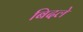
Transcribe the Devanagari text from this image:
बिदले